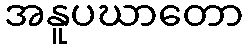
အနူပဃာတော